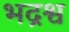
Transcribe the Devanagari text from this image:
भद्रश्व